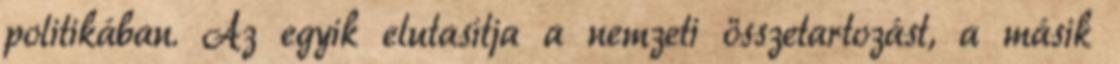
politikában. Az egyik elutasítja a nemzeti összetartozást, a másik